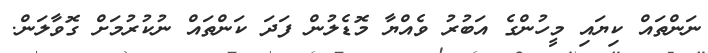
ނަންތައް ކިޔައި މީހުންގެ އަބުރު ވެއްޔާ މޮޑެލުން ފަދަ ކަންތައް ނުކުރުމަށް ގޮވާލަން.